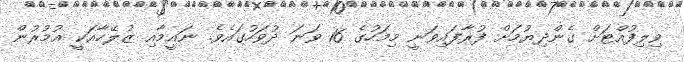
ވިލިފުއްޓަށް ގެންދިޔުމަށް ފުރާފައިވަނީ މިމަހުގެ 16 ވަނަ ދުވަހުގައެވެ. ނައީމާއި ޒުލޭޚާއަކީ އުމުރުން